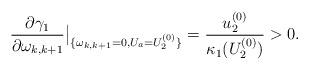
LaTeX: \begin{align*}\frac{\partial\gamma_1}{\partial\omega_{k,k+1}}{\big|_{\{\omega_{k,k+1}=0,U_a={U}_2^{(0)}\}}}=\frac{{u}_2^{(0)}}{\kappa_1({U}_2^{(0)})}>0.\end{align*}